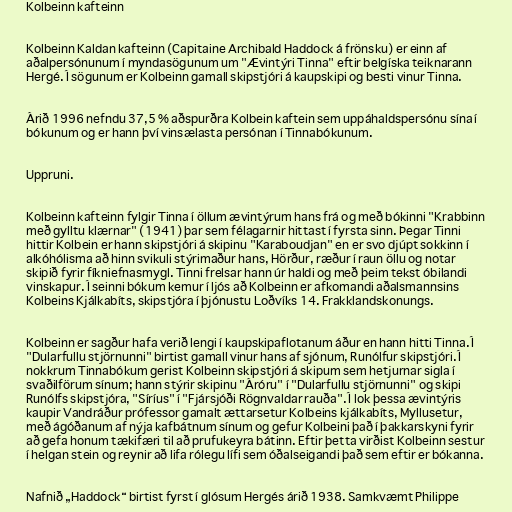
Kolbeinn kafteinn

Kolbeinn Kaldan kafteinn (Capitaine Archibald Haddock á frönsku) er einn af
aðalpersónunum í myndasögunum um "Ævintýri Tinna" eftir belgíska teiknarann
Hergé. Í sögunum er Kolbeinn gamall skipstjóri á kaupskipi og besti vinur Tinna.

Árið 1996 nefndu 37,5 % aðspurðra Kolbein kaftein sem uppáhaldspersónu sína í
bókunum og er hann því vinsælasta persónan í Tinnabókunum.

Uppruni.

Kolbeinn kafteinn fylgir Tinna í öllum ævintýrum hans frá og með bókinni "Krabbinn
með gylltu klærnar" (1941) þar sem félagarnir hittast í fyrsta sinn. Þegar Tinni
hittir Kolbein er hann skipstjóri á skipinu "Karaboudjan" en er svo djúpt sokkinn í
alkóhólisma að hinn svikuli stýrimaður hans, Hörður, ræður í raun öllu og notar
skipið fyrir fíkniefnasmygl. Tinni frelsar hann úr haldi og með þeim tekst óbilandi
vinskapur. Í seinni bókum kemur í ljós að Kolbeinn er afkomandi aðalsmannsins
Kolbeins Kjálkabíts, skipstjóra í þjónustu Loðvíks 14. Frakklandskonungs.

Kolbeinn er sagður hafa verið lengi í kaupskipaflotanum áður en hann hitti Tinna. Í
"Dularfullu stjörnunni" birtist gamall vinur hans af sjónum, Runólfur skipstjóri. Í
nokkrum Tinnabókum gerist Kolbeinn skipstjóri á skipum sem hetjurnar sigla í
svaðilförum sínum; hann stýrir skipinu "Áróru" í "Dularfullu stjörnunni" og skipi
Runólfs skipstjóra, "Síríus" í "Fjársjóði Rögnvaldar rauða". Í lok þessa ævintýris
kaupir Vandráður prófessor gamalt ættarsetur Kolbeins kjálkabíts, Myllusetur,
með ágóðanum af nýja kafbátnum sínum og gefur Kolbeini það í þakkarskyni fyrir
að gefa honum tækifæri til að prufukeyra bátinn. Eftir þetta virðist Kolbeinn sestur
í helgan stein og reynir að lifa rólegu lífi sem óðalseigandi það sem eftir er bókanna.

Nafnið „Haddock“ birtist fyrst í glósum Hergés árið 1938. Samkvæmt Philippe